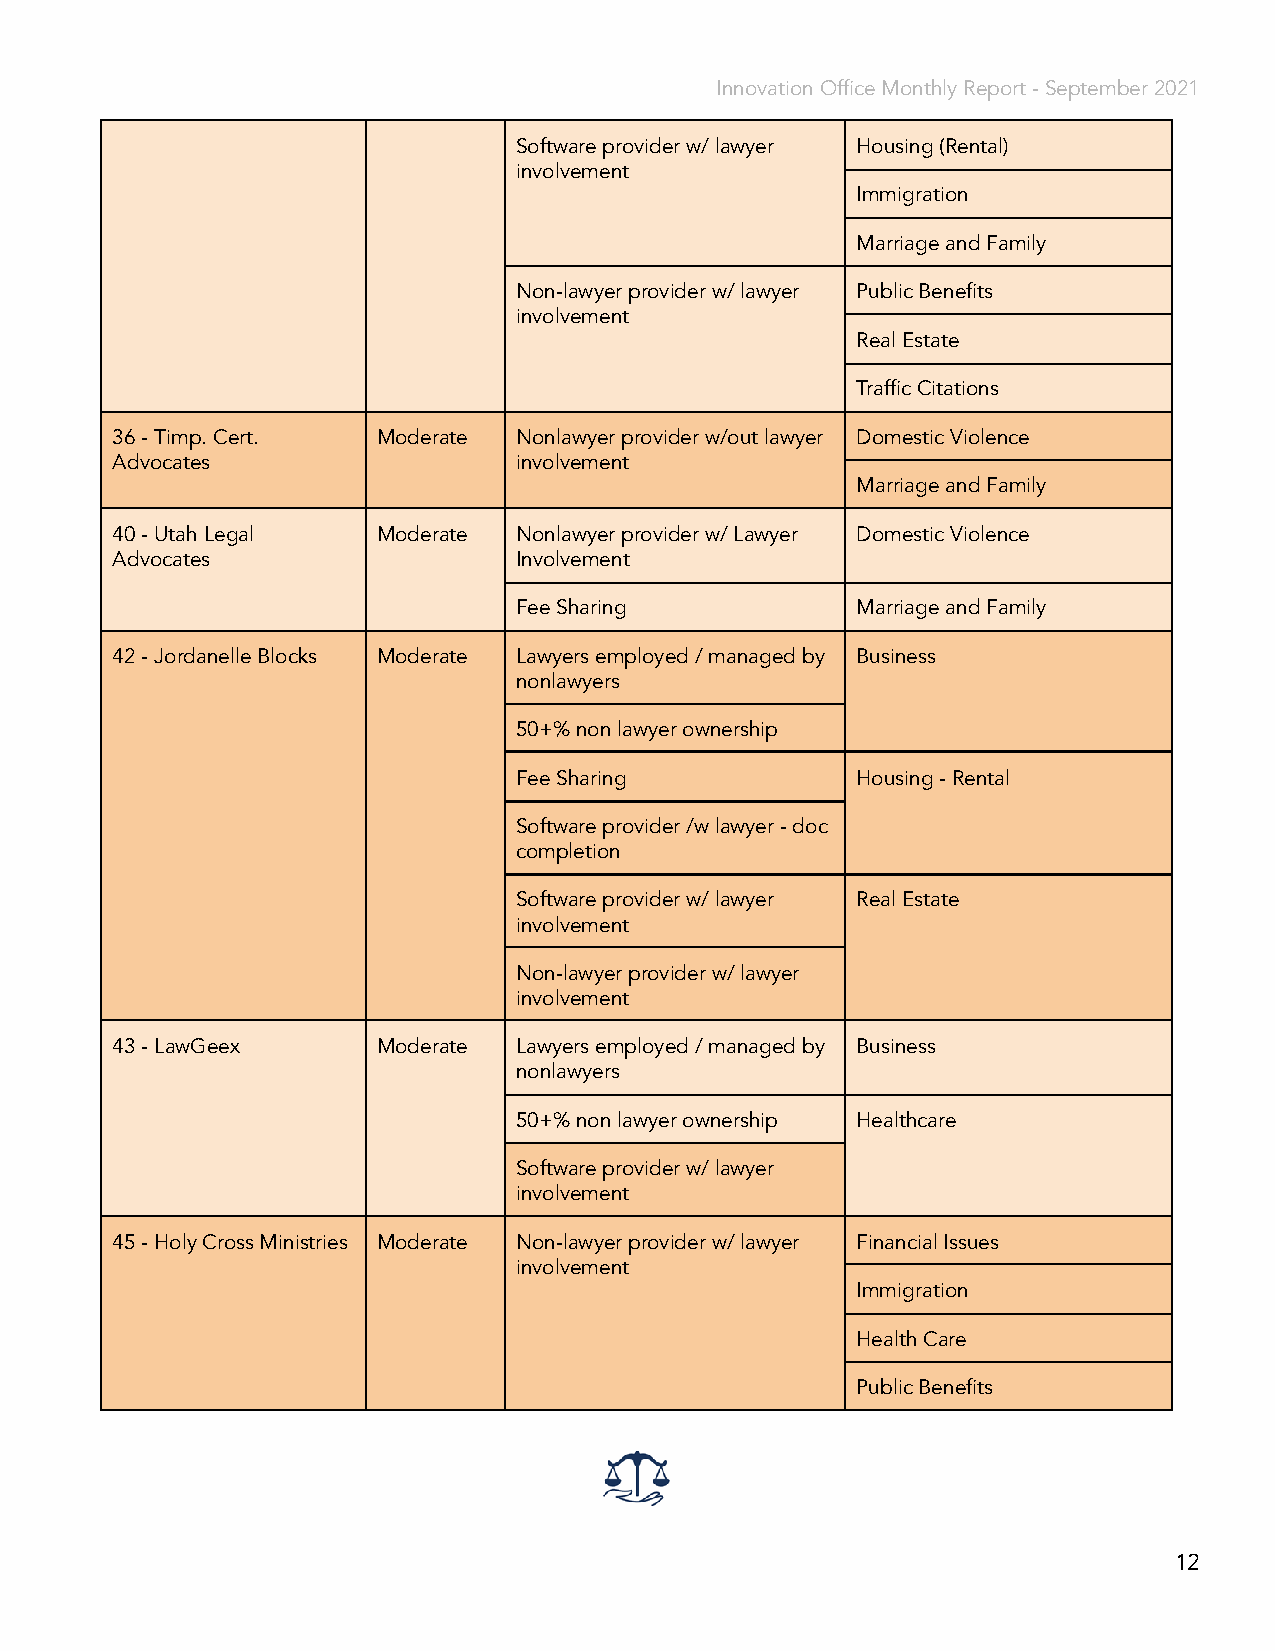
Innovation Office Monthly Report - September 2021
 Software provider w/ lawyer Housing (Rental)
 involvement
 Immigration
 Marriage and Family
 Non-lawyer provider w/ lawyer Public Benefits
 involvement
 Real Estate
 Traffic Citations
 36 - Timp. Cert.  Moderate Nonlawyer provider w/out lawyer Domestic Violence
 Advocates                  involvement
 Marriage and Family
 40 - Utah Legal   Moderate Nonlawyer provider w/ Lawyer Domestic Violence
 Advocates                  Involvement
 Fee Sharing            Marriage and Family
 42 - Jordanelle Blocks Moderate Lawyers employed / managed by Business
 nonlawyers
 50+% non lawyer ownership
 Fee Sharing            Housing - Rental
 Software provider /w lawyer - doc
 completion
 Software provider w/ lawyer Real Estate
 involvement
 Non-lawyer provider w/ lawyer
 involvement
 43 - LawGeex      Moderate Lawyers employed / managed by Business
 nonlawyers
 50+% non lawyer ownership Healthcare
 Software provider w/ lawyer
 involvement
 45 - Holy Cross Ministries Moderate Non-lawyer provider w/ lawyer Financial Issues
 involvement
 Immigration
 Health Care
 Public Benefits
 12